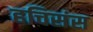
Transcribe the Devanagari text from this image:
हचिसंस